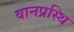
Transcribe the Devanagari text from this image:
वानप्रस्थि